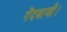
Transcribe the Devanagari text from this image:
गेंदबाजी।